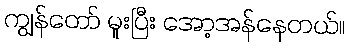
ကျွန်တော် မူးပြီး အော့အန်နေတယ်။